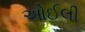
ઓઈલી